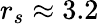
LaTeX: r_{s}\approx 3.2